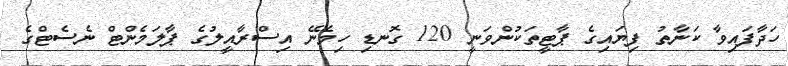
ހަދާފައިވާ ކަނާތު ފިޔައިގެ ޕާޓީތަކުންވަނީ 120 ގޮނޑި ހިމެނޭ އިސްރާއީލުގެ ޕާލަމެންޓް ނެސެޓްގެ